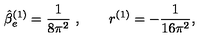
\hat { \beta } _ { e } ^ { ( 1 ) } = \frac 1 { 8 \pi ^ { 2 } } \ , \qquad r ^ { ( 1 ) } = - \frac 1 { 1 6 \pi ^ { 2 } } ,